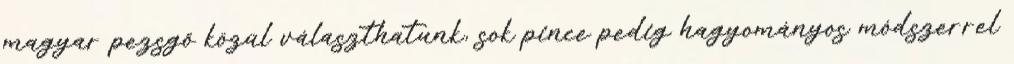
magyar pezsgő közül választhatunk, sok pince pedig hagyományos módszerrel